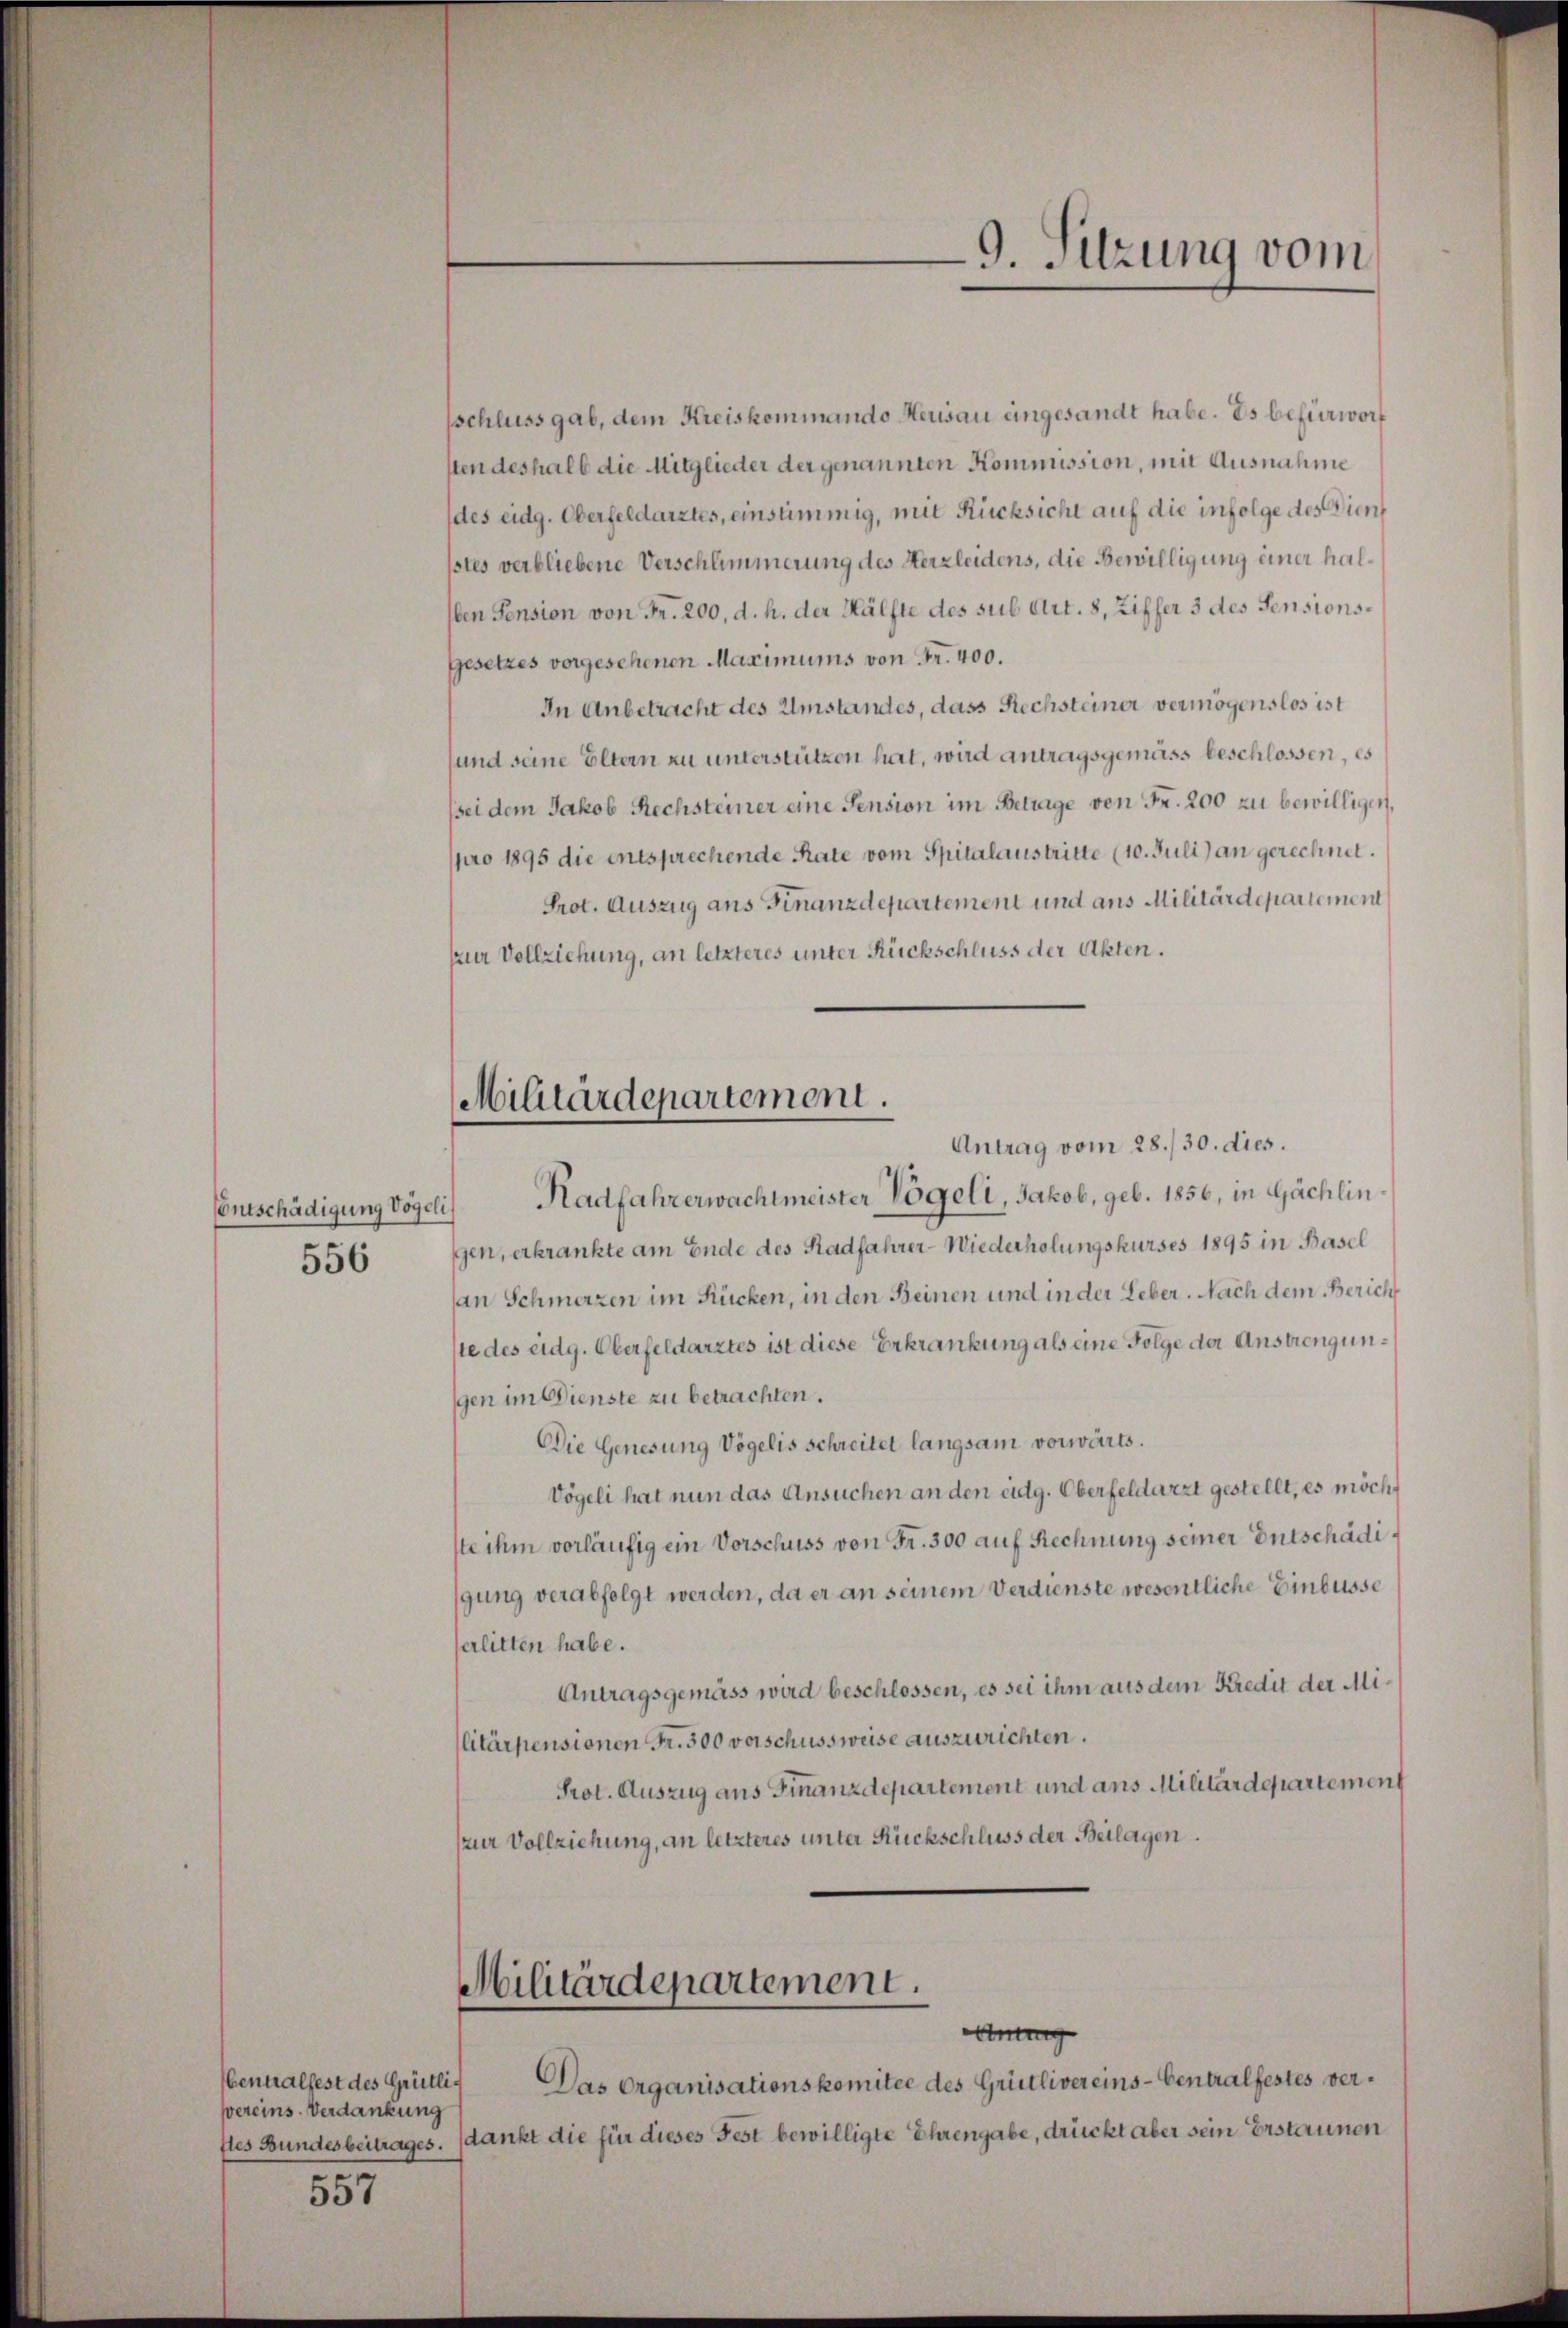
Entschädigung Vögeli
556

Vereins. Verdankung

557

Militärdepartement.

schluss gab, dem Kreiskommando Neusau eingesandt habe. Es befürworf
sten deshalb die Mitglieder der genannten Kommission, mit Ausnahme
des eidg. Oberfeldarztes, einstimmig, mit Rücksicht auf die infolge des Dienf
pstes verbliebene Verschlimmerung des Herzleidens, die Bewilligung einer halben Pension von Fr. 200, d. h. der Hälfte des sub Art. 8, Ziffer 3 des Pensions¬
Gesetzes vorgesehenen Maximums von Fr. 400.
In Anbetracht des Umstandes, dass Rechsteiner vermögenslos ist
sund seine Eltern zu unterstützen hat, wird antragsgemäss beschlossen, es
sei dem Jakob Rechsteiner eine Pension im Betrage von Fr. 200 zu bewilligen,
ppro 1895 die entsprechende Rate vom Spitalaustritte (10. Juli) an gerechnet.
Prot. Auszug ans Finanzdepartement und aus Militärdepartement
zur Vollziehung, an letzteres unter Rückschluss der Akten.
Antrag vom 28./30. dies.
Radfahrerwachtmeister Vögeli, Jakob, geb. 1856, in Gächlin
ggen, erkrankte am Ende des Radfahrer-Wiederholungskurses 1895 in Basel
an Schmerzen im Rücken, in den Beinen und in der Leber. Nach dem Zürich
ste des eidg. Oberfeldarztes ist diese Erkrankung als eine Folge der Anstrengungen im Dienste zu betrachten.
Die Genesung Vögelis schreitet langsam vorwärts.
Vögeli hat nun das Ansuchen an den eidg. Oberfeldarzt gestellt, es möcht
ste ihm vorläufig ein Vorschuss von Fr. 300 auf Rechnung seiner Entschädigung verabfolgt werden, da er an seinem Verdienste wesentliche Einbusse
erlitten habe.
Antragsgemäss wird beschlossen, es sei ihm aus dem Kredit der Militärpensionen Fr. 300 vorschussweise auszurichten.
Prot. Auszug aus Finanzdepartement und aus Militärdepartemen
zur Vollziehung, an letzteres unter Rückschluss der Beilagen.

Militärdepartement.

9. Sitzung vom

Ainung
Centralfest des Grütli. Das Organisationskomitee des Grütlivereins-Centralfestes verfles Bundesbeitrages. dankt die für dieses Fest bewilligte Ehrengabe, drückt aber sein Erstaunen